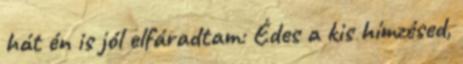
hát én is jól elfáradtam: Édes a kis hímzésed,